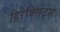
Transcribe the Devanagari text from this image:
हिरेक्लिट्स